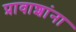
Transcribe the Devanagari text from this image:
प्रावाशांना